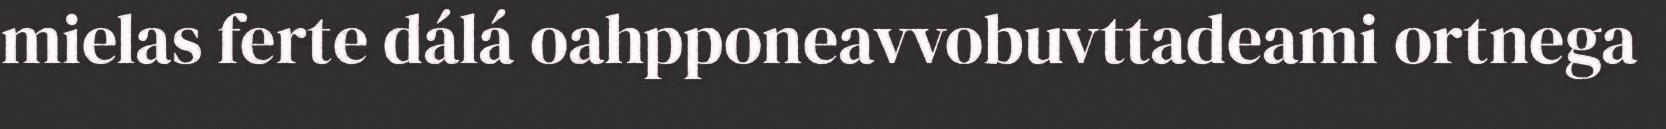
mielas ferte dálá oahpponeavvobuvttadeami ortnega